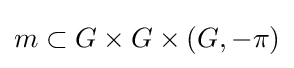
m\subset G\times G\times (G,-\pi )